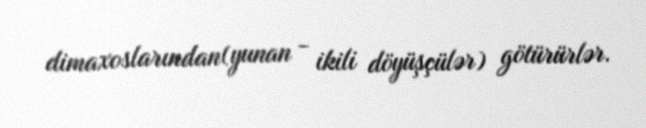
dimaxoslarından(yunan - ikili döyüşçülər) götürürlər.